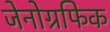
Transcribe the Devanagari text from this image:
जेनोग्रफिक